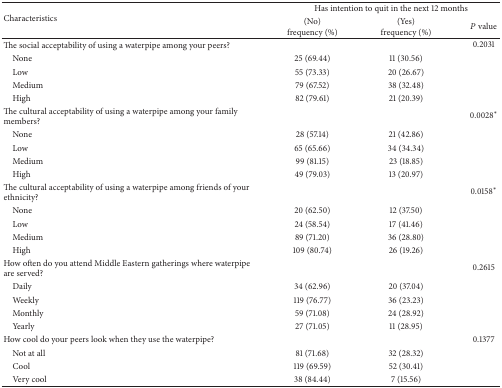
<table><thead><tr><td rowspan="2"><b>Characteristics </b></td><td colspan="3"><b>Has intention to quit in the next 12 months</b></td></tr><tr><td><b>(No)frequency (%)</b></td><td><b>(Yes)frequency (%)</b></td><td><b><i>P</i> value</b></td></tr></thead><tbody><tr><td>The social acceptability of using a waterpipe among your peers? </td><td> </td><td> </td><td>0.2031</td></tr><tr><td> None</td><td>25 (69.44)</td><td>11 (30.56)</td><td> </td></tr><tr><td> Low</td><td>55 (73.33)</td><td>20 (26.67)</td><td> </td></tr><tr><td> Medium </td><td>79 (67.52)</td><td>38 (32.48)</td><td> </td></tr><tr><td> High</td><td>82 (79.61)</td><td>21 (20.39)</td><td> </td></tr><tr><td>The cultural acceptability of using a waterpipe among your family members? </td><td> </td><td> </td><td>0.0028<sup>*</sup></td></tr><tr><td> None</td><td>28 (57.14)</td><td>21 (42.86)</td><td> </td></tr><tr><td> Low</td><td>65 (65.66)</td><td>34 (34.34)</td><td> </td></tr><tr><td> Medium </td><td>99 (81.15)</td><td>23 (18.85)</td><td> </td></tr><tr><td> High</td><td>49 (79.03)</td><td>13 (20.97)</td><td> </td></tr><tr><td>The cultural acceptability of using a waterpipe among friends of your ethnicity? </td><td> </td><td> </td><td>0.0158<sup>*</sup></td></tr><tr><td> None</td><td>20 (62.50)</td><td>12 (37.50)</td><td> </td></tr><tr><td> Low</td><td>24 (58.54)</td><td>17 (41.46)</td><td> </td></tr><tr><td> Medium </td><td>89 (71.20)</td><td>36 (28.80)</td><td> </td></tr><tr><td> High</td><td>109 (80.74)</td><td>26 (19.26)</td><td> </td></tr><tr><td>How often do you attend Middle Eastern gatherings where waterpipe are served? </td><td> </td><td> </td><td>0.2615</td></tr><tr><td> Daily </td><td>34 (62.96)</td><td>20 (37.04)</td><td> </td></tr><tr><td> Weekly </td><td>119 (76.77)</td><td>36 (23.23)</td><td> </td></tr><tr><td> Monthly </td><td>59 (71.08)</td><td>24 (28.92)</td><td> </td></tr><tr><td> Yearly </td><td>27 (71.05)</td><td>11 (28.95)</td><td> </td></tr><tr><td>How cool do your peers look when they use the waterpipe?</td><td> </td><td> </td><td>0.1377</td></tr><tr><td> Not at all</td><td>81 (71.68)</td><td>32 (28.32)</td><td> </td></tr><tr><td> Cool</td><td>119 (69.59)</td><td>52 (30.41)</td><td> </td></tr><tr><td> Very cool</td><td>38 (84.44)</td><td>7 (15.56)</td><td> </td></tr></tbody></table>